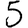
Digit: 5